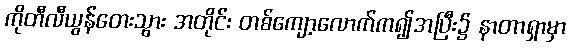
ကိုတီလီယွန်တေးသွား အတိုင်း တစ်ကျော့လောက်က၍အပြီး၌ နာတာရှာမှာ